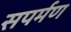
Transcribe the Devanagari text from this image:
सपर्मण